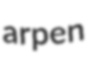
arpen